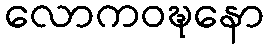
လောကဝဍ္ဎနော